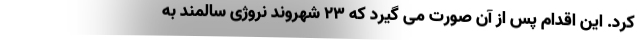
کرد. این اقدام پس از آن صورت می گیرد که 23 شهروند نروژی سالمند به